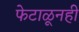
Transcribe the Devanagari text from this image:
फेटाळूनही